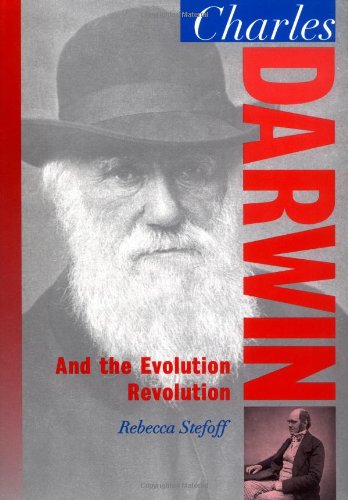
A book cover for Charles Darwin: And the Evolution Revolution (Oxford Portraits in Science); Rebecca Stefoff; Teen & Young Adult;